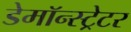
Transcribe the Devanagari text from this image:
डेमॉन्स्ट्रेटर